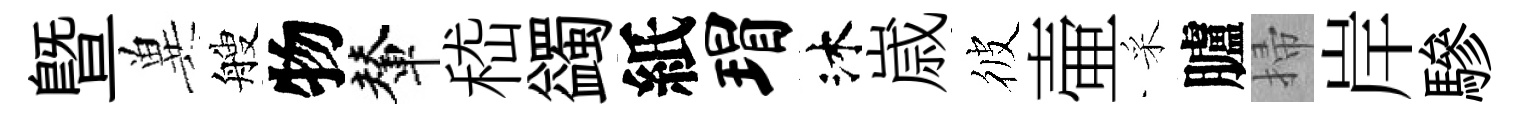
曁兾艘物輦嵇蠲紙瑁沐𡻕彼壷采臚掃岸驂